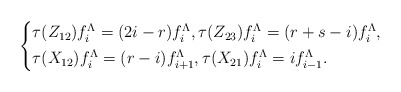
\begin{align*}\left\{\begin{aligned}&\tau(Z_{12})f^\Lambda_i= (2i-r)f^\Lambda_i, \tau(Z_{23})f^\Lambda_i=(r+s-i)f^\Lambda_i, \\&\tau(X_{12})f^\Lambda_i= (r-i)f^\Lambda_{i+1}, \tau(X_{21})f^\Lambda_i= i f^{\Lambda}_{i-1}.\end{aligned}\right.\end{align*}